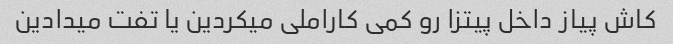
کاش پیاز داخل پیتزا رو کمی کاراملی میکردین یا تفت میدادین